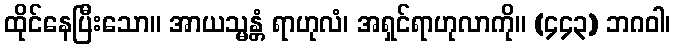
ထိုင်နေပြီးသော။ အာယသ္မန္တံ ရာဟုလံ၊ အရှင်ရာဟုလာကို။ (၄၄၃) ဘဂဝါ၊